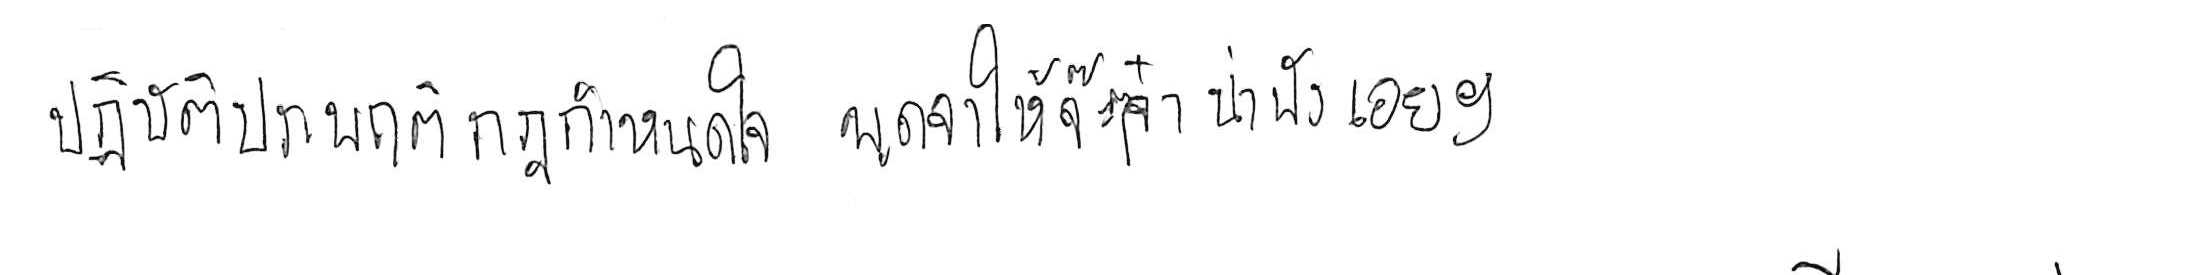
ปฏิบัติประพฤติกฎกำหนดใจ พูดจาให้จ๊ะๆ จ๋า น่าฟังเอยฯ